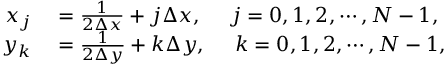
\begin{array} { r l } { x _ { j } } & { { } = \frac { 1 } { 2 \Delta x } + j \Delta x , ~ ~ ~ ~ j = 0 , 1 , 2 , \cdots , N - 1 , } \\ { y _ { k } } & { { } = \frac { 1 } { 2 \Delta y } + k \Delta y , ~ ~ ~ ~ k = 0 , 1 , 2 , \cdots , N - 1 , } \end{array}